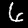
Label: 6